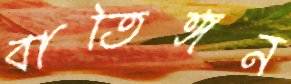
বাতিঙ্গন